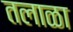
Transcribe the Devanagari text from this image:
तलाळा